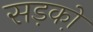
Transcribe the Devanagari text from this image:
सड़को़